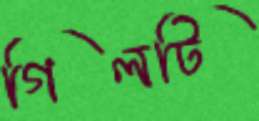
গিলটি